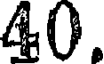
40.